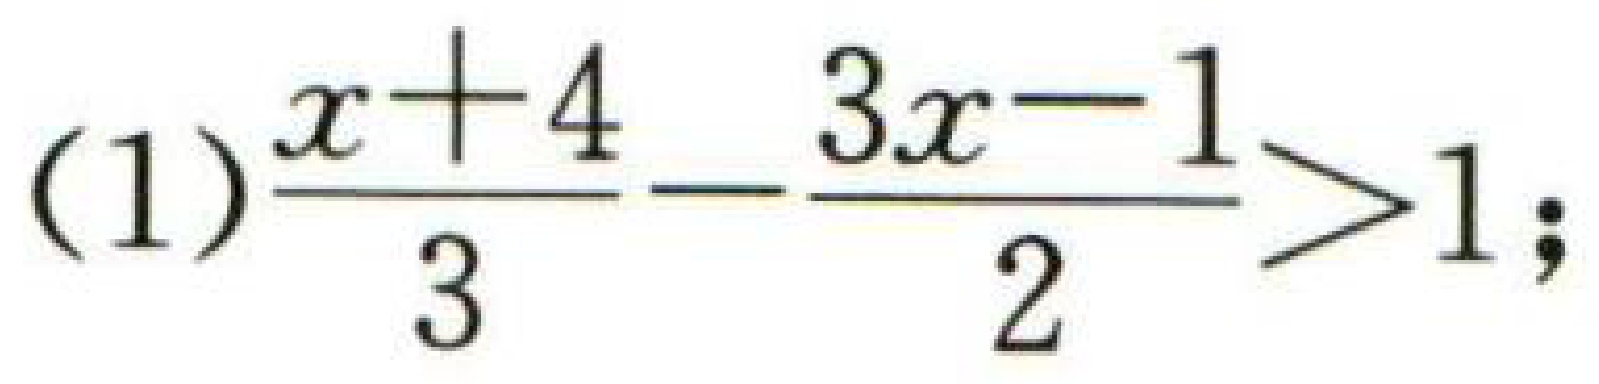
(1)\(\dfrac{x + 4}{3}-\dfrac{3x - 1}{2}>1\);